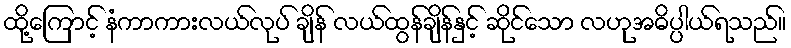
ထို့ကြောင့် နံကာကားလယ်လုပ် ချိန် လယ်ထွန်ချိန်နှင့် ဆိုင်သော လဟုအဓိပ္ပါယ်ရသည်။